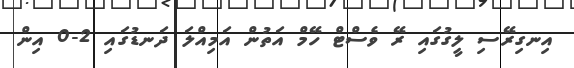
އިނގިރޭސި ލީގުގައި ރޭ ވެސްޓް ހޭމް އަތުން އަމިއްލަ ދަނޑުގައި 2-0 އިން